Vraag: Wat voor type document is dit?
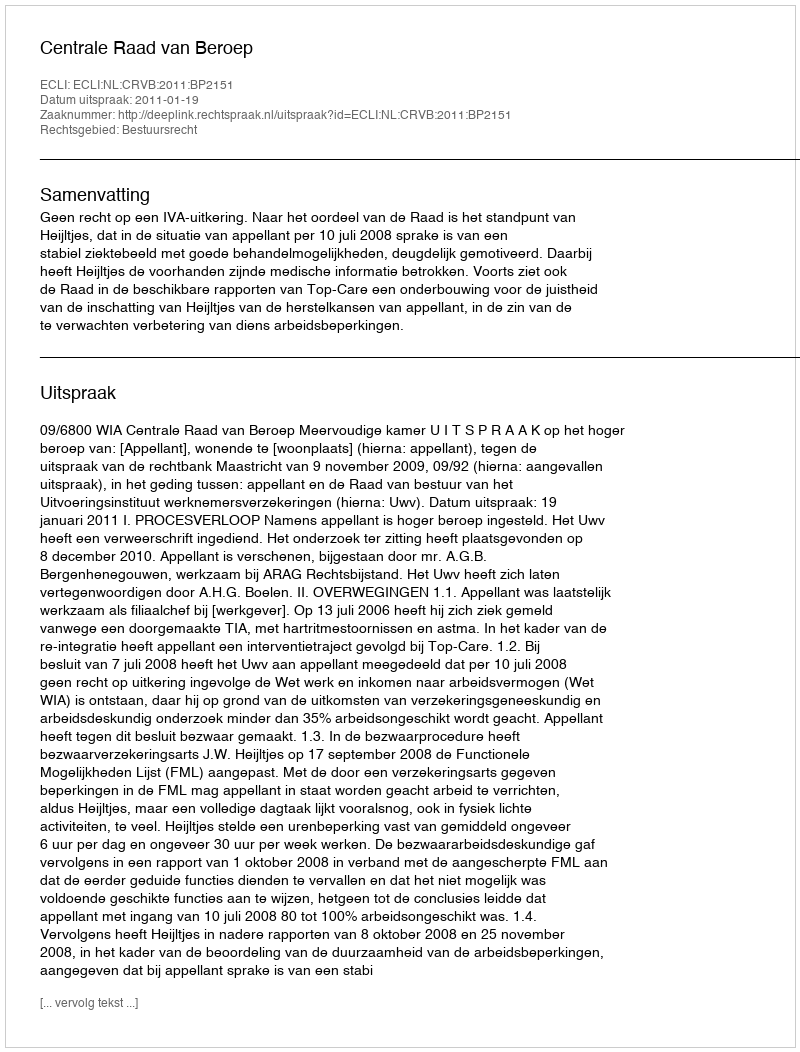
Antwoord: Uitspraak